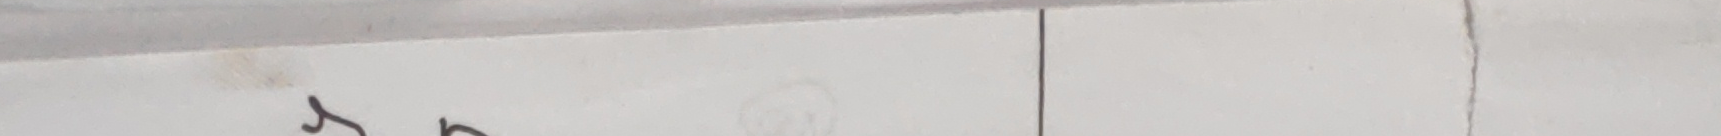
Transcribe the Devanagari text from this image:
भर